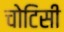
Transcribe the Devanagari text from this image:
चोटिसी